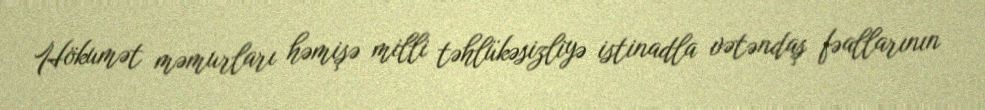
Hökumət məmurları həmişə milli təhlükəsizliyə istinadla vətəndaş fəallarının